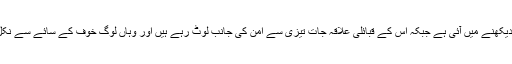
ایسی ہی کچھ صورتحال حال ہی میں پاکستان میں بھی دیکھنے میں آئی ہے جبکہ اس کے قبائلی علاقہ جات تیزی سے امن کی جانب لوٹ رہے ہیں اور وہاں لوگ خوف کے سائے سے نکل اپنے اپنے معمولات زندگی میں مشغول ہو رہے ہیں۔